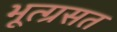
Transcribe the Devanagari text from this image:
भूत्ग्रसत